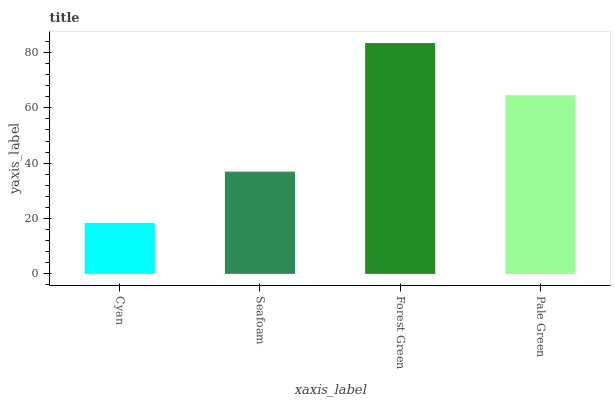
| xaxis_label | bars |
 | --- | --- |
 | Cyan | 18.4 |
 | Seafoam | 37 |
 | Forest Green | 83.4 |
 | Pale Green | 64.6 |